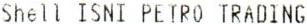
SHELL ISNI PETRO TRADING